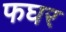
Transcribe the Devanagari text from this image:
फघर